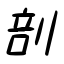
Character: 剖